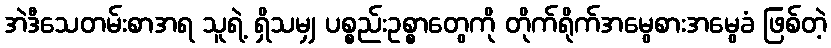
အဲဒီသေတမ်းစာအရ သူရဲ့ ရှိသမျှ ပစ္စည်းဥစ္စာတွေကို တိုက်ရိုက်အမွေစားအမွေခံ ဖြစ်တဲ့